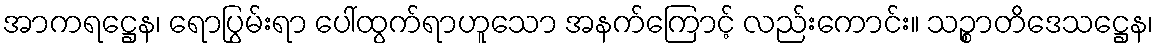
အာကရဋ္ဌေန၊ ရောပြွမ်းရာ ပေါ်ထွက်ရာဟူသော အနက်ကြောင့် လည်းကောင်း။ သဉ္စာတိဒေသဋ္ဌေန၊